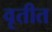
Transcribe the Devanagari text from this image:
वृतीत